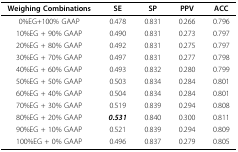
<table><thead><tr><td><b>Weighing Combinations</b></td><td><b>SE</b></td><td><b>SP</b></td><td><b>PPV</b></td><td><b>ACC</b></td></tr></thead><tbody><tr><td>0%EG+100% GAAP</td><td>0.478</td><td>0.831</td><td>0.266</td><td>0.796</td></tr><tr><td>10%EG + 90% GAAP</td><td>0.490</td><td>0.831</td><td>0.273</td><td>0.797</td></tr><tr><td>20%EG + 80% GAAP</td><td>0.492</td><td>0.831</td><td>0.275</td><td>0.797</td></tr><tr><td>30%EG + 70% GAAP</td><td>0.497</td><td>0.831</td><td>0.277</td><td>0.798</td></tr><tr><td>40%EG + 60% GAAP</td><td>0.493</td><td>0.832</td><td>0.280</td><td>0.799</td></tr><tr><td>50%EG + 50% GAAP</td><td>0.503</td><td>0.834</td><td>0.284</td><td>0.801</td></tr><tr><td>60%EG + 40% GAAP</td><td>0.504</td><td>0.834</td><td>0.284</td><td>0.801</td></tr><tr><td>70%EG + 30% GAAP</td><td>0.519</td><td>0.839</td><td>0.294</td><td>0.808</td></tr><tr><td>80%EG + 20% GAAP</td><td><b><i>0.531</i></b></td><td>0.840</td><td>0.300</td><td>0.811</td></tr><tr><td>90%EG + 10% GAAP</td><td>0.521</td><td>0.839</td><td>0.294</td><td>0.809</td></tr><tr><td>100%EG + 0% GAAP</td><td>0.496</td><td>0.837</td><td>0.279</td><td>0.805</td></tr></tbody></table>